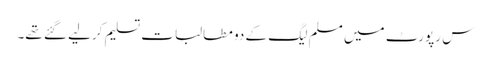
س رپورٹ میں مسلم لیگ کے دو مطالبات تسلیم کرلیے گئے تھے۔